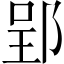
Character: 郢